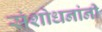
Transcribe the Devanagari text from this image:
संशोधनांनी